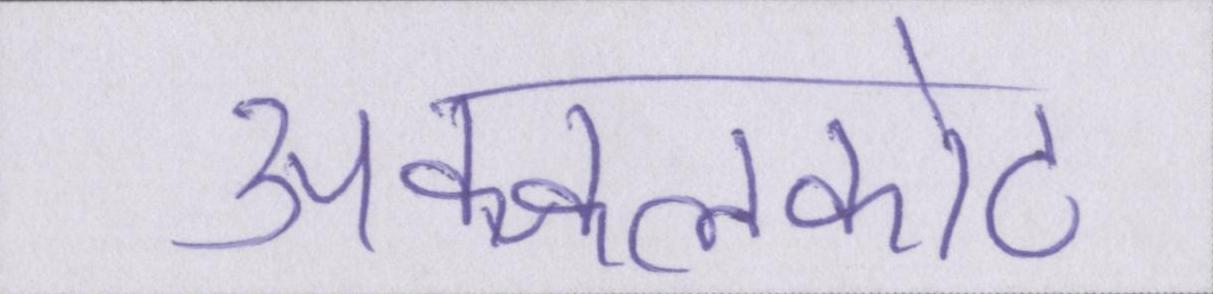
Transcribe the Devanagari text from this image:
अक्कलकोट